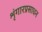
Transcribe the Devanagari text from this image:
शृंगारप्रसाधन